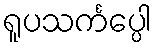
ရူပသင်္ကပ္ပေါ